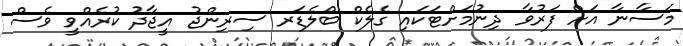
މަސާނާ އަށް ފަރުވާ ދިނުމަށްޓަކައި ގެލެކް ބްލެޑަރ ސިރިންޖު އީޖާދު ކުރެއްވީ ވެސް